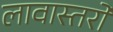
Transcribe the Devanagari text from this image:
लावास्तरों